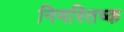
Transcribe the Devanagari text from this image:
निमस्तिष्क